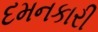
દમનકારી